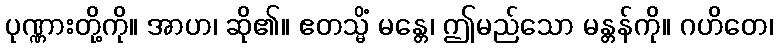
ပုဏ္ဏားတို့ကို။ အာဟ၊ ဆို၏။ ဧတသ္မိံ မန္တေ၊ ဤမည်သော မန္တန်ကို။ ဂဟိတေ၊